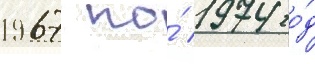
1967 по́ 1974 го́д